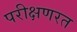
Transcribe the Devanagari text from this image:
परीक्षणरत